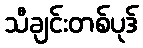
သီချင်းတစ်ပုဒ်